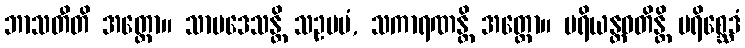
ဘာသတီတိ အတ္ထော။ သာပဒေသန္တိ သဥပမံ, သကာရဏန္တိ အတ္ထော။ ပရိယန္တဝတိန္တိ ပရိစ္ဆေဒံ